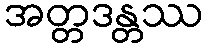
အတ္တဒန္တဿ